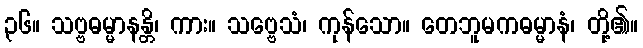
၃၆။ သဗ္ဗဓမ္မာနန္တိ၊ ကား။ သဗ္ဗေသံ၊ ကုန်သော။ တေဘူမကဓမ္မာနံ၊ တို့၏။